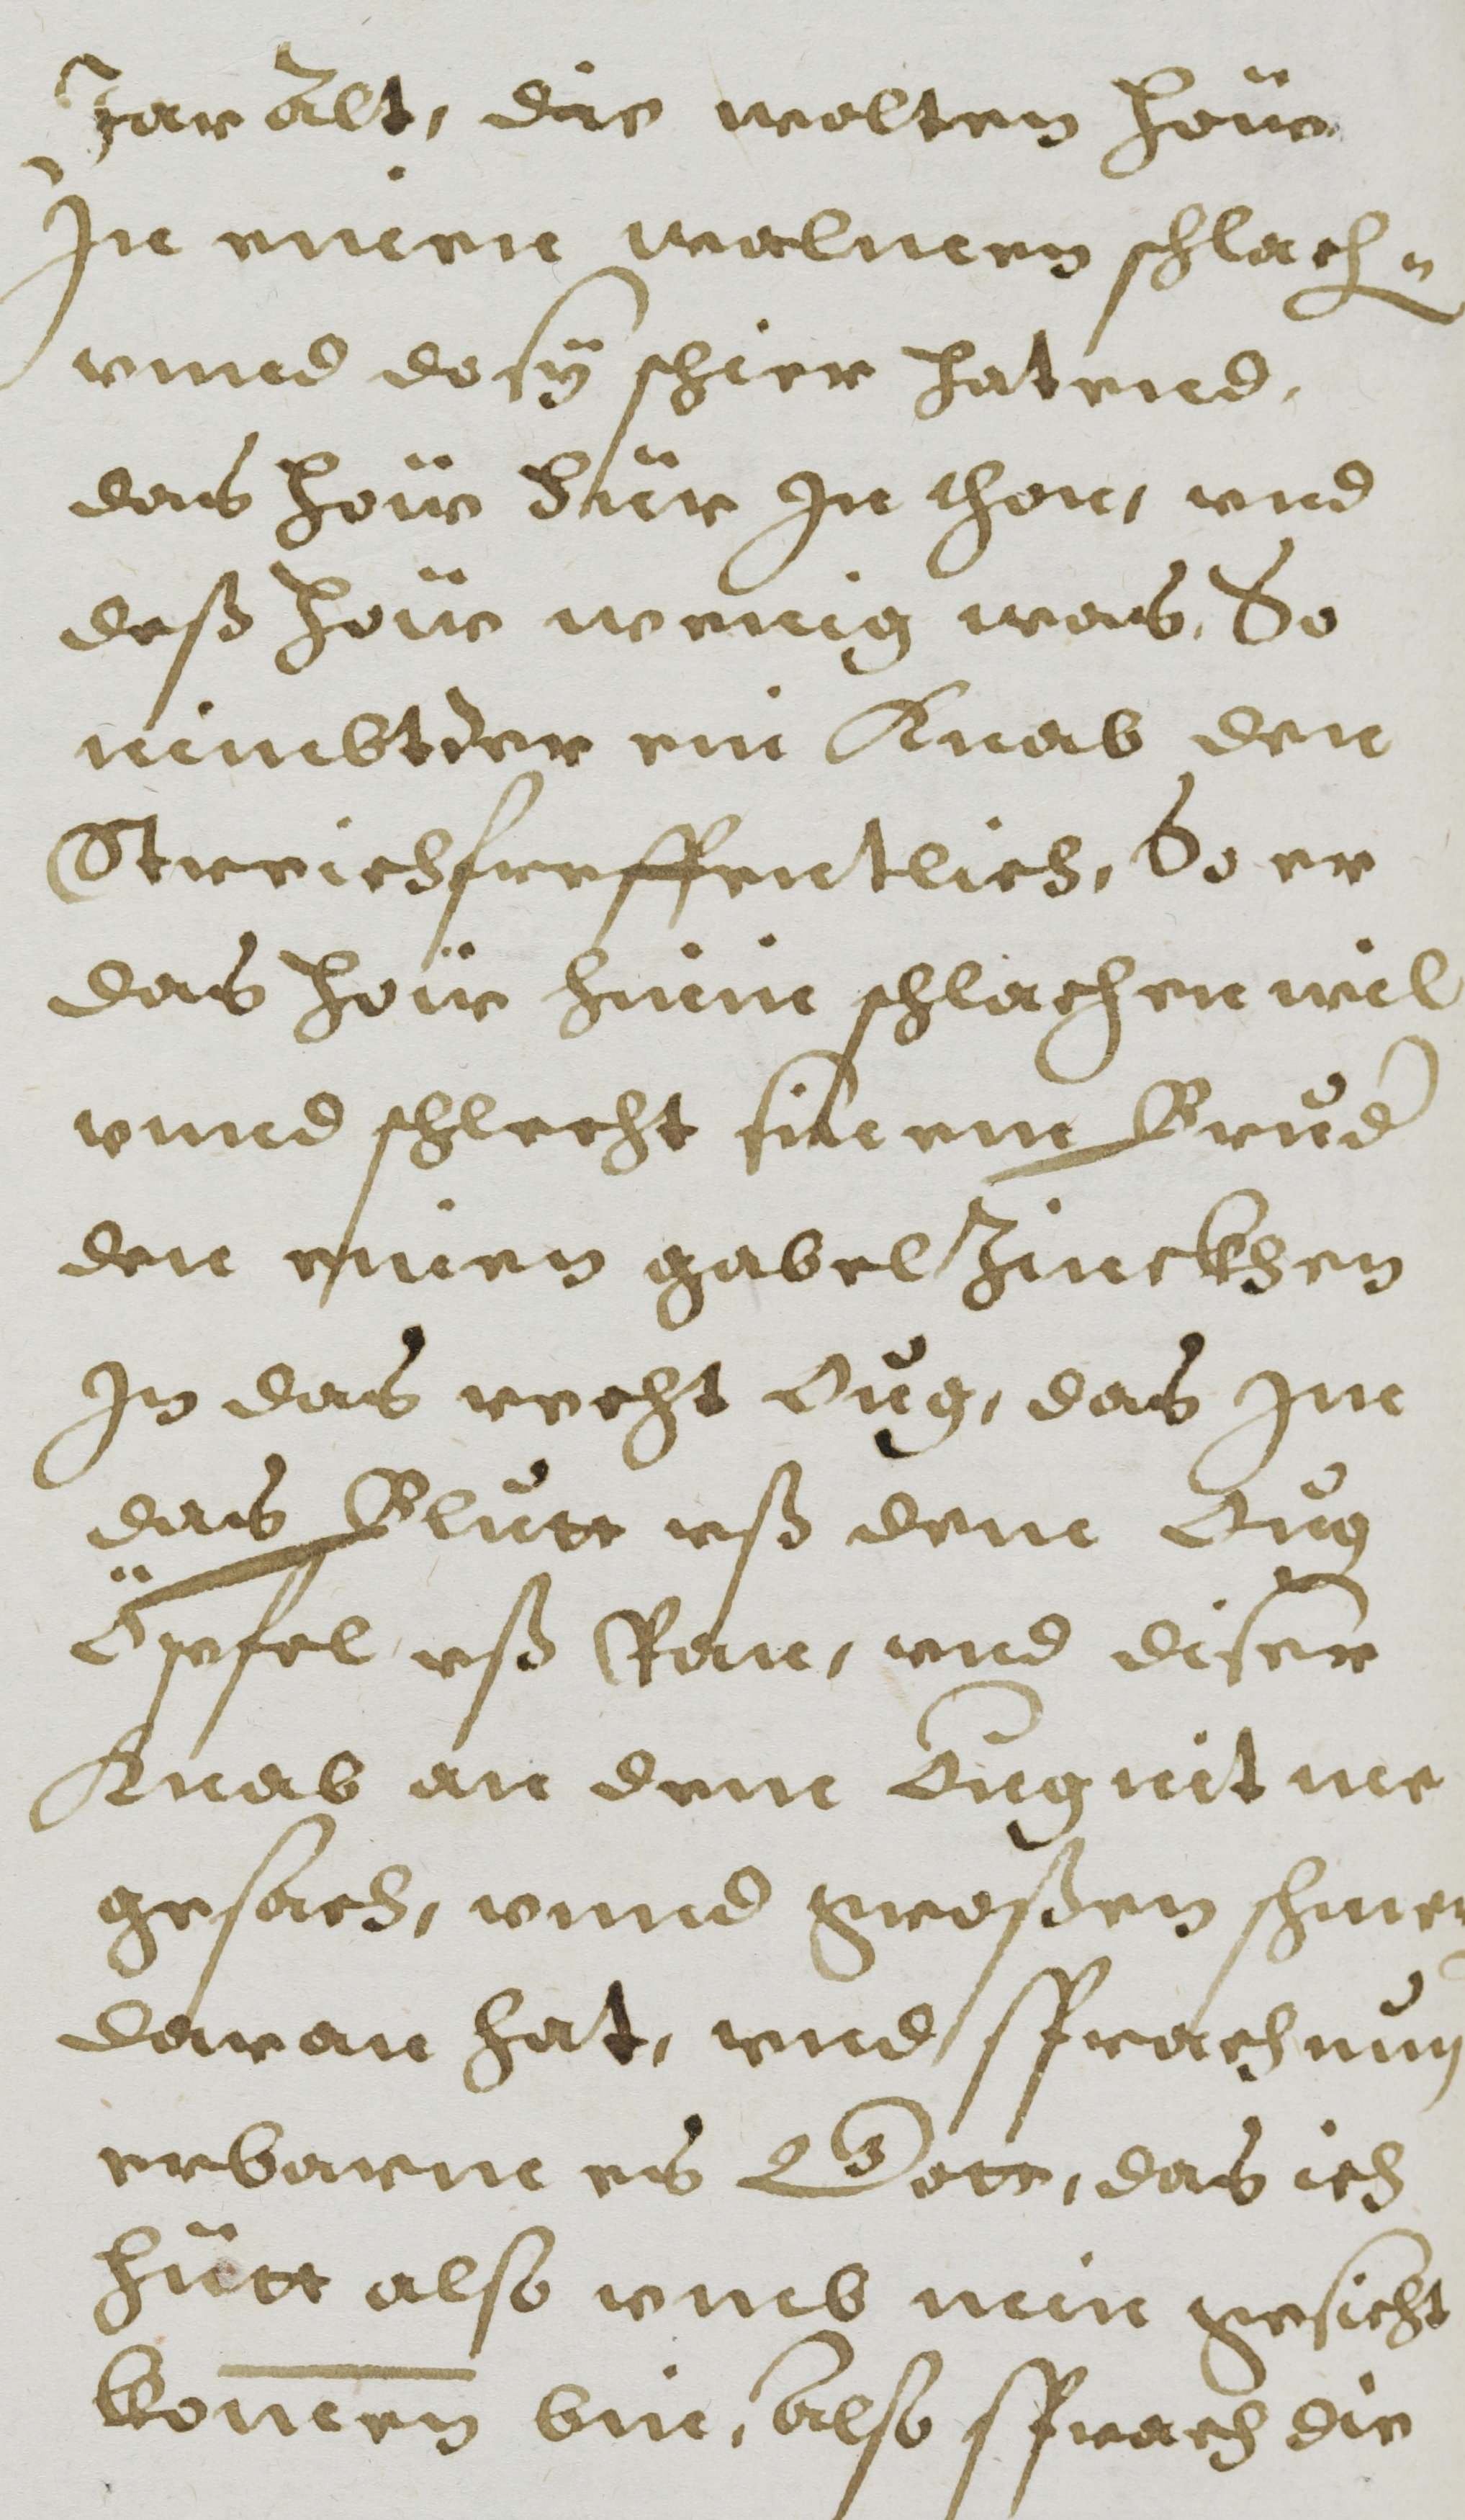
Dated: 1608–1608